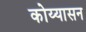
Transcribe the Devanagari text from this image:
कोय्यासन